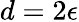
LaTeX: d=2\epsilon